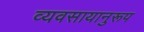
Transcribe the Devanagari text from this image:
व्यवसायानुरूप